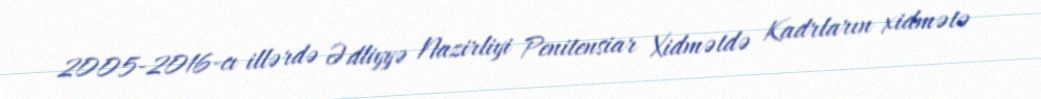
2005-2016-cı illərdə Ədliyyə Nazirliyi Penitensiar Xidmətdə Kadrların xidmətə